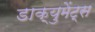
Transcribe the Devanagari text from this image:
डाक्युमेंट्स